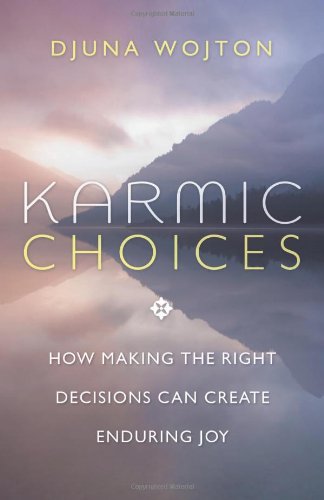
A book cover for Karmic Choices: How Making the Right Decisions Can Create Enduring Joy; Djuna Wojton; Religion & Spirituality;